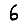
Digit: 6